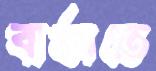
বার্তাতে